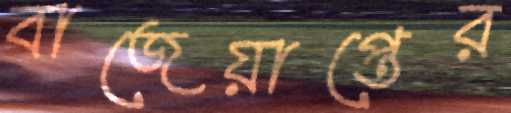
বাজেয়াপ্তের